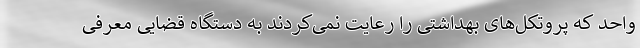
واحد که پروتکل‌های بهداشتی را رعایت نمی‌کردند به دستگاه قضایی معرفی